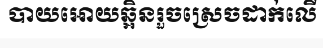
បាយអោយឆ្អិនរួចស្រេចដាក់លើ